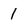
Character: 1